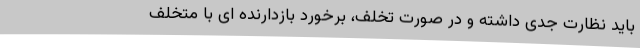
باید نظارت جدی داشته و در صورت تخلف، برخورد بازدارنده ای با متخلف